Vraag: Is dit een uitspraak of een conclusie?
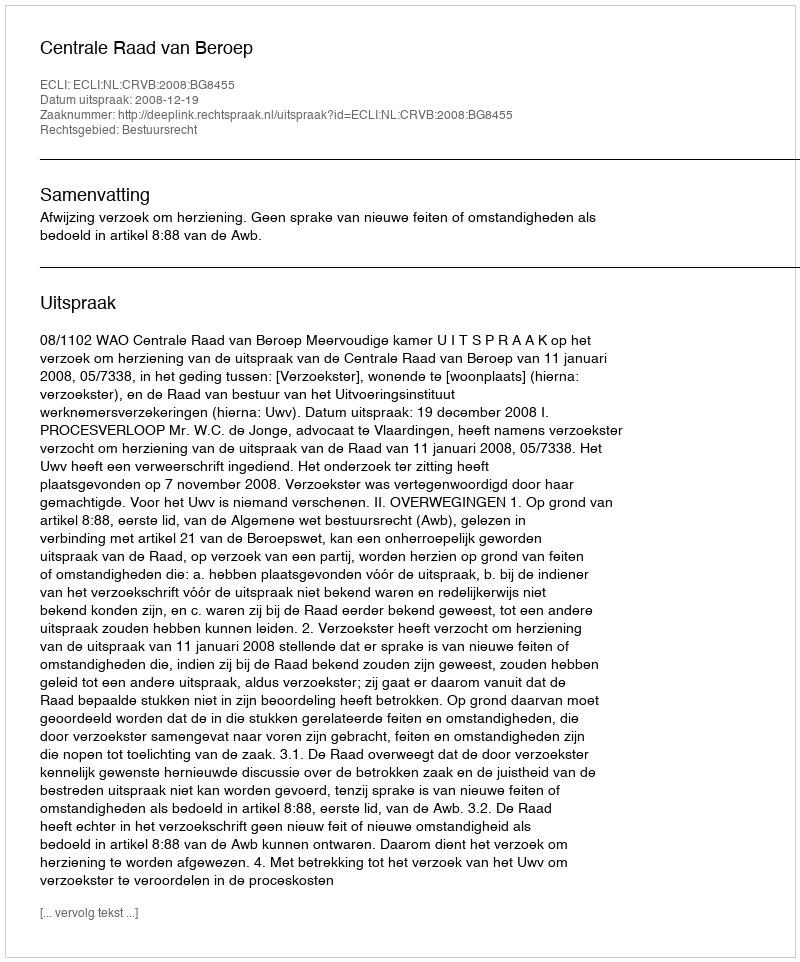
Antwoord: Uitspraak